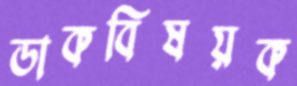
ডাকবিষয়ক